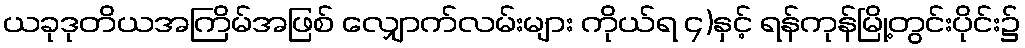
ယခုဒုတိယအကြိမ်အဖြစ် လျှောက်လမ်းများ ကိုယ်ရ ၄)နှင့် ရန်ကုန်မြို့တွင်းပိုင်း၌